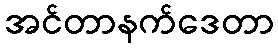
အင်တာနက်ဒေတာ